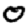
Digit: 0